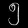
Digit: ၅